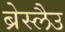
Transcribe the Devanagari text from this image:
ब्रेस्लैउ